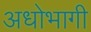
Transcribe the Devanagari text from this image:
अधोभागी